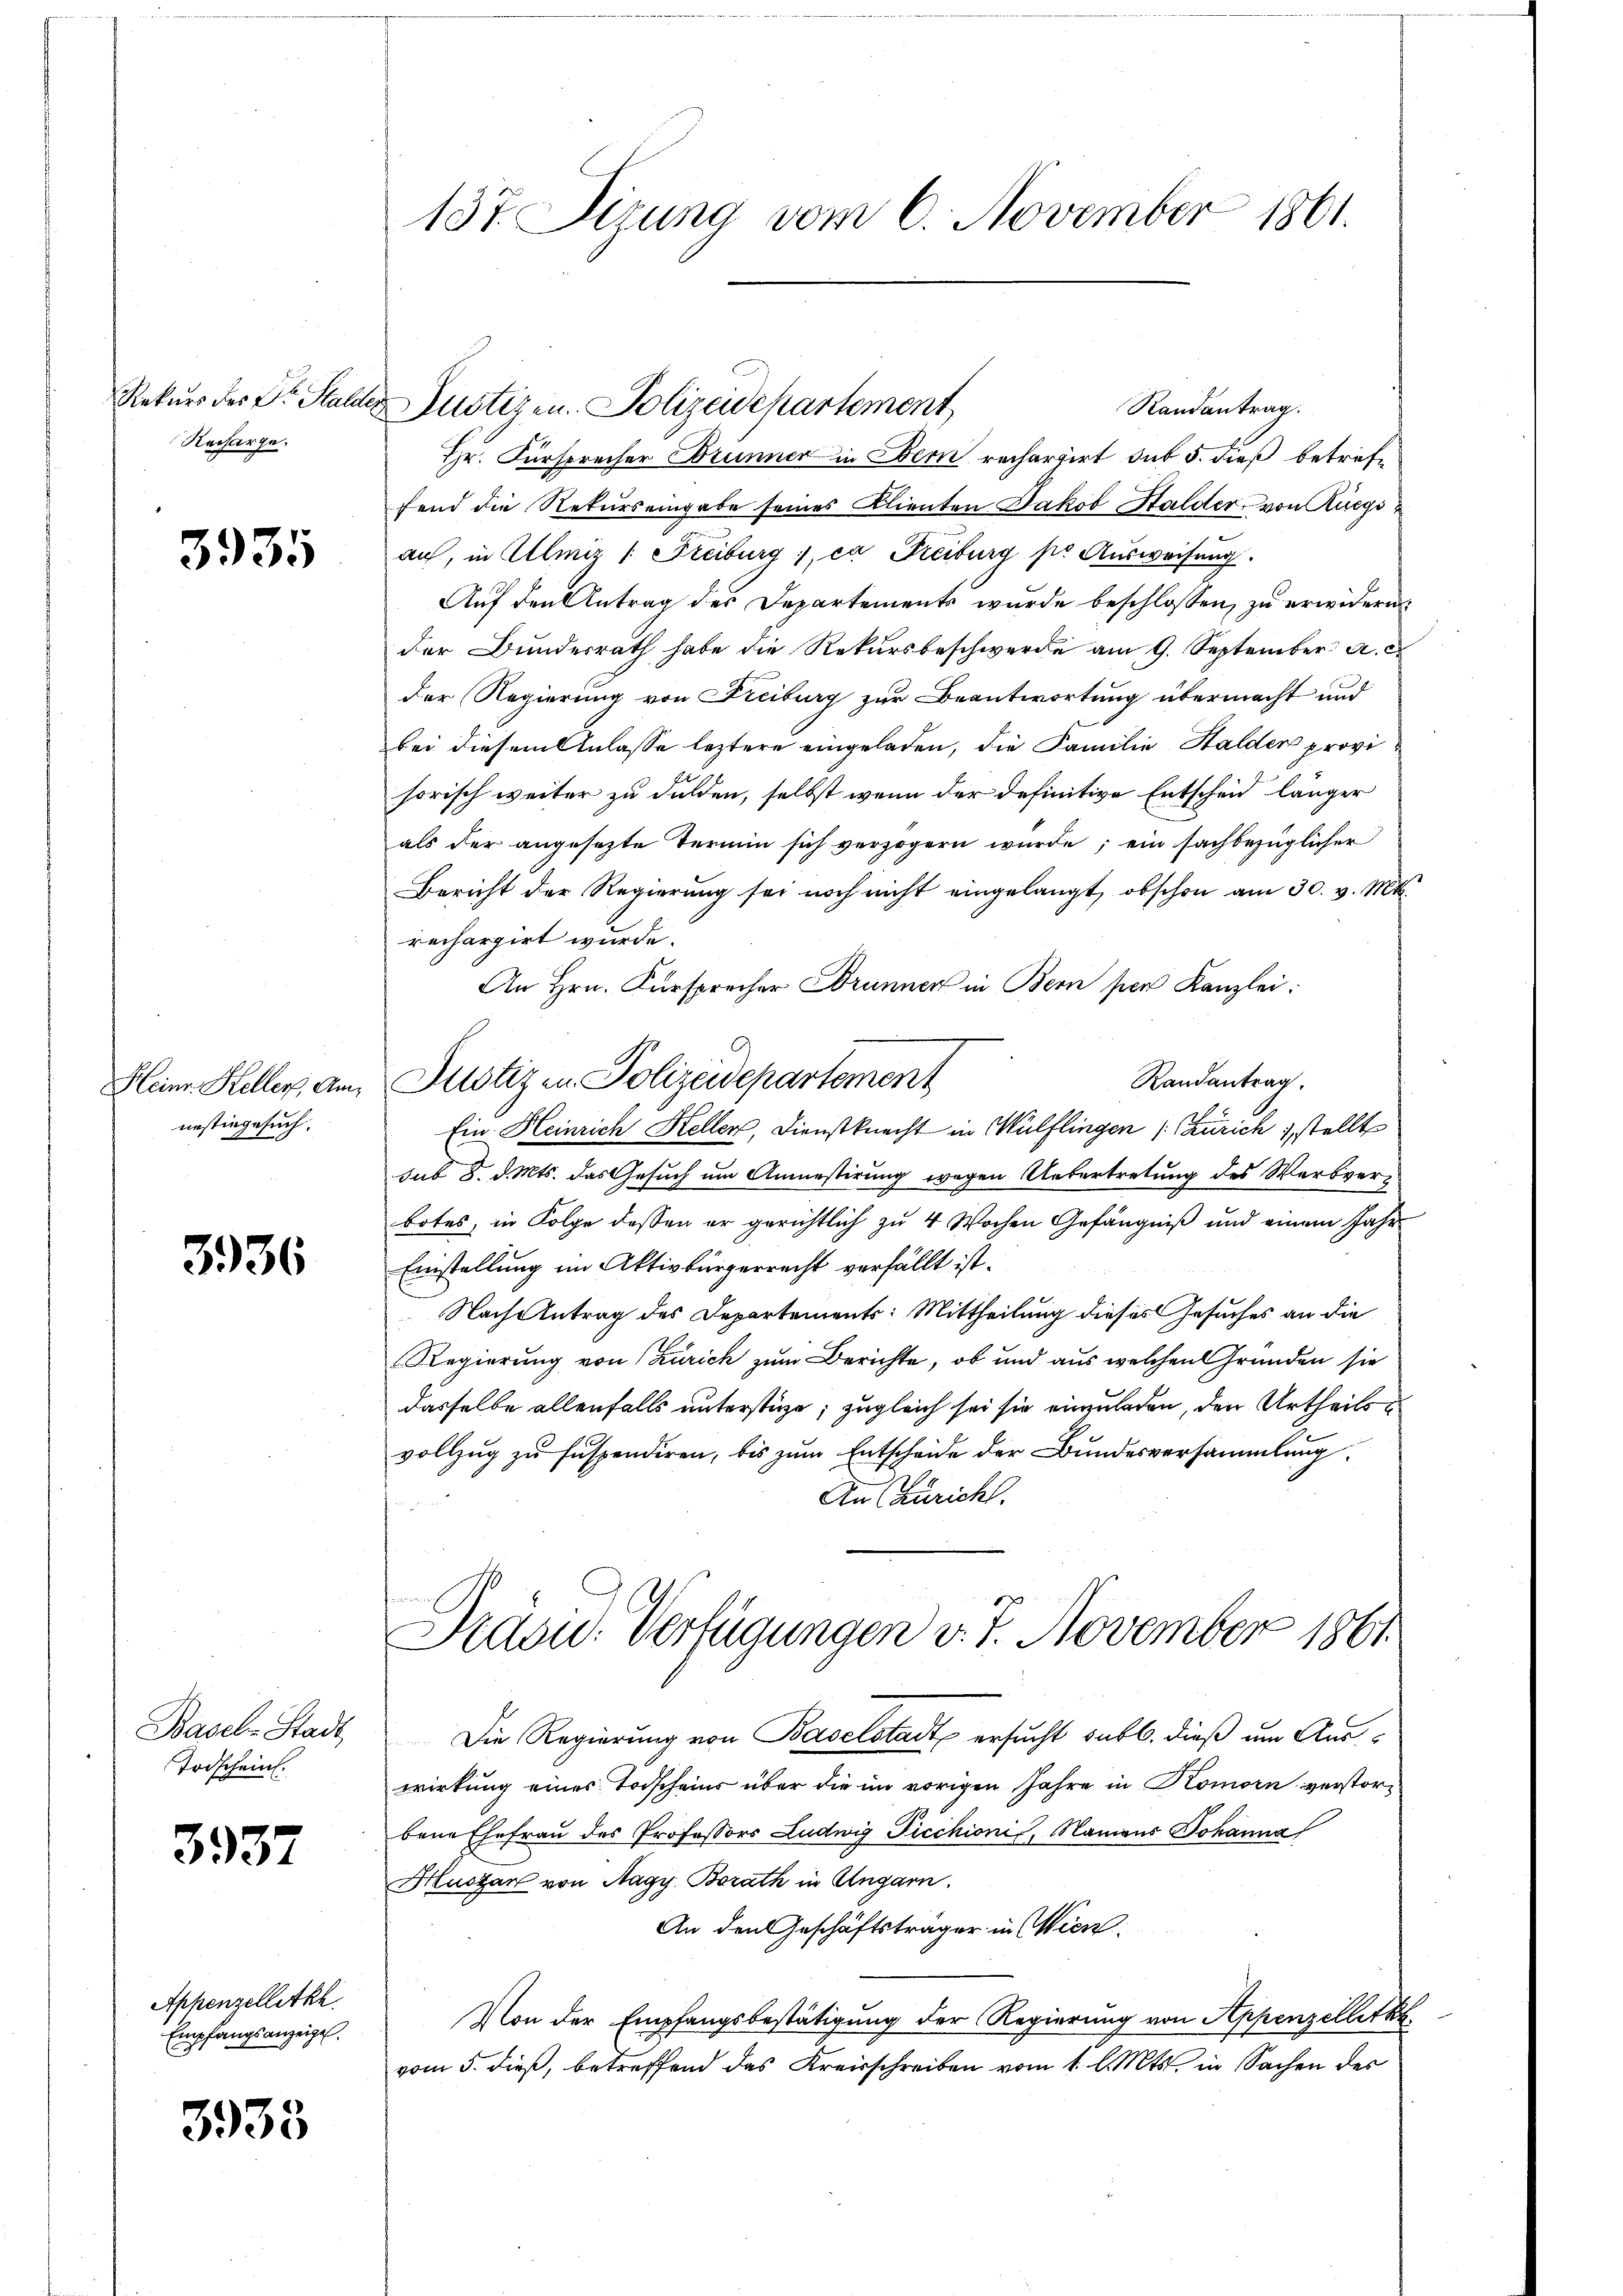
Rekurs des Dr. Stalde
Recharge.

3935

Heinr. Keller, Am
nestingesuch.

3936

Basel-Stadt
Todschein.

3937

Appenzelletkh
Empfangsanzeigel.

3935

137. Teung vom 6. November 1861.

Randantrag.
Hr. Fürsprecher Brunner in Bern rechargirt sub 5. dieß betreffend die Rekurs eingabe seines Klienten Jakob Halder, von Rüegsauf, in Ullmiz 1. Freiburg, ca Freiburg pr Ausweisung.
Auf den Antrag des Departements wurde beschlossen, zu erwidern
der Bunderrath habe die Rekursbeschwerde am 9. September a. c.
der Regierung von Freiburg zur Beantwortung übermacht und
bei diesem Anlasse leztere eingeladen, die Familie Halder provi
sorisch weiter zu dulden, selbst wenn der definitive Entscheid länger
als der angesezte Termin sich verzögern wurde; ein sachbezüglicher
Bericht der Regierung sei noch nicht eingelangt, obschon am 30. v. Mt.
rechargirt wurde.
An Hrn. Fürsprecher Brunner in Bern per Kanzlei:
Randantrag.
Justizen Polizeidepartement
Ein Heinrich Heller, Dienstknecht in Wülflingen (Zürich, stellt
sub 8. d. Mts. das Gesuch um Anmestirung wegen Uebertretung des Werbverz
botes, in Folge dessen er gerichtlich zu 4 Wochen Gefängniß und einem Jahr
Einstellung im Aktivbürgerrecht verfällt ist.
Nach Antrag des Departements: Mittheilung dieses Gesuches an die
Regierung von Zürich zum Berichte, ob und aus welchen Gründen sie
dasselbe allenfalls unterstüze; zugleich sei sie einzuladen, den Urtheils
vollzŭg zŭ sŭspendiren, bis zŭm Entscheide der Bundesversammlung.
An (Züricht.
Paou. Verfügungen v. 7. November 1861
Die Regierung von Baselstadt ersucht sub b. dieß um Auswirkung eines Todscheins über die im vorigen Jahre in Komorn verstorbene Ehefrau des Professors Ludwig Ficchionis, Namens Johanna
Hustan von Nagy Borath in Ungarn.
An den Geschäftsträger in Wien.
Von der Empfangsbestätigung der Regierung von Appenzelletzt
vom 5. dieß, betreffend das Kreisschreiben vom 1. l. Mts. in Sachen des

Justizen. Polizeidepartement,